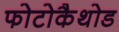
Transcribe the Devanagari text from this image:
फोटोकैथोड